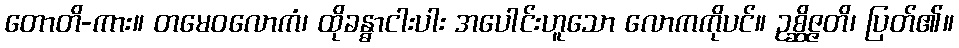
တောတိ-ကား။ တမေဝလောကံ၊ ထိုခန္ဓာငါးပါး အပေါင်းဟူသော လောကကိုပင်။ ဥစ္ဆိဇ္ဇတိ၊ ပြတ်၏။